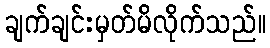
ချက်ချင်းမှတ်မိလိုက်သည်။